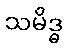
သမိဒ္ဓ